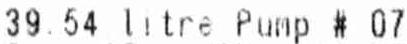
39.54 LITRE PUMP # 07